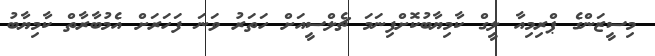
މިސީޒަންގެ ޕްރިމިއާ ލީގް ކާމިޔާބުކޮށްފިނަމަ ޗެލްސީއަށް ހަތަރު ވަނަ ފަހަރަށް އެމުބާރާތް ކާމިޔާބު